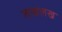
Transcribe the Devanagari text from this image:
लखलख